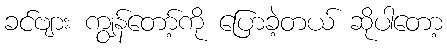
ခင်ဗျား ကျွန်တော့်ကို ပြောခဲ့တယ် ဆိုပါတော့